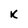
Character: K